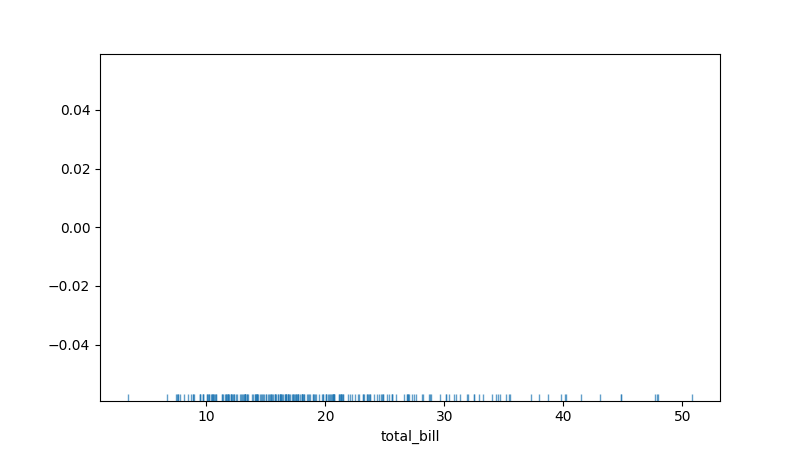
python, seaborn, rugplot, height=0.02, axis='x', alpha=0.7